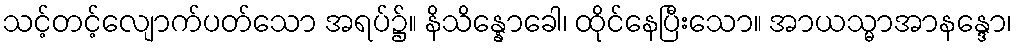
သင့်တင့်လျောက်ပတ်သော အရပ်၌။ နိသိန္နောခေါ၊ ထိုင်နေပြီးသော။ အာယသ္မာအာနန္ဒော၊